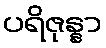
ပရိဇုန္နာ